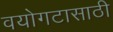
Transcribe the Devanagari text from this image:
वयोगटासाठी